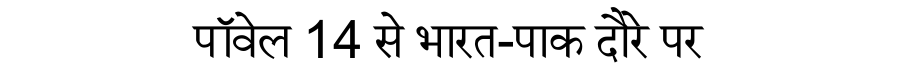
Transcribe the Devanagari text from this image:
पॉवेल 14 से भारत-पाक दौरे पर